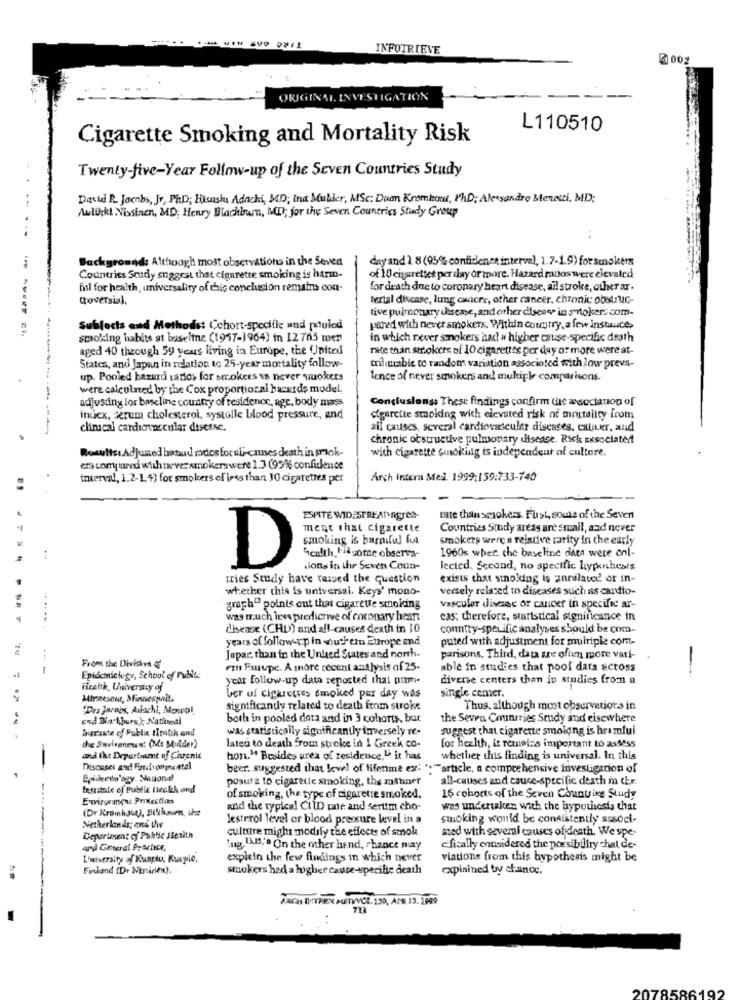
INFOTRIEVE
7100%
ORIGINAL. INVESTIGATION
L110510
Cigarette Smoking and Mortality Risk
Twenty-five-Year Follow-up of the Seven Countries Study
David R. Jaenbs, Jr, PhD; Hisashi Adachi, MD; ina Muller, MSC: Duan Kromhout, PhD; Alessandro Menetti, MD;
Aulickt Vissinen, MD; Henry Blackburn, MID; for the Seven Countries Study Group
...
Background: Although most observations in the Seven
day and 1.8 (95% confidence interval, 1.7-1.9) for smokers
Countries Study suggest that cigarette smoking is harm-
of 1 0 cigarettes per day or more. Hazard ratios were elevated
fal for health, universality of this conclusion remains con-
for death due to coronary heart disease, ail stroke, other ar.
Coversial,
tertal disease, lung cancer, other cancer, chronic obstruc-
tive pulmonary disease, and other disease in smoker.com-
Subjects and Methods: Cchort-specific and pouled
pered with never smokers. Within country, a few instances
smoking habits at baseline (1957-1964) in 12763 mer
in which never smokers and w higher cause-specific death
aged 40 through 59 years living in Europe, the United
nite than smokers of 10 cigarettes per day or more were at-
States, and Japan in relation to 25-year mortality follow-
triliutable to random variation associoted with low preva-
up. Pooled hazard satios for smokers vs never wuokers
lence of never smokers and multiple comparisons.
were calculated by the Cox proportional hasards model,
adjusting lor baseline country of residence, age, body mass
Conclusionss These findings confirm the æsociation of
inicx, cerum cholesterol, systolle blood pressure, and
cigarette smoking with elevated risk of mortality from
clinical cardiovascular disease.
ail causes, several cardiovascular diseases, cater, and
chronic obstructive pulmonary disease. Risk associated
Results: Adjuned hosud rados for al-causes death in smok-
with cigarette smoking is independent of culture.
ers compared with never smokers were 1.3 (95% confidence
interval, 1.2-1. 4) for smokers of less than 10 cigarettes per
Arch intern Medl. 1999:159:733-740
ESPITE WIDESTREATYagree-
rate than smokers. Fu>t soule of the Seven
ment that cigarette
Countries Study areas are small, and never
smoking is barniful fut
smokers were a reladive rarity in che early
Scalth, Piasome observa-
1960s when the baseline daes were onl-
D
ions in the Seven Coun-
lected. Second, no specific hypotheals
tries Study have raised the question
exists that sinoking is anrelated or in-
whether this is universal. Keys' mono-
versely related to diseases such as cardto-
graph" points out that cigarette smoking
vascular disease or cancer in specific ar-
was much less predicrive of coronary heart
cas; therefore, startstical significance in
disexx (CHD) and all-causes death in 10
conntty-specific analyses should be com-
years of follow-up in southern Europe and
puted with adjustment for multiple com-
Japar. than in the United States and north-
parisons. Third, data are often more vari-
From the Division of
ein Fasupe. A more recent analysis of 25-
able in studies that pool dats actoss
Epidemich gu, School of Public
year follow-up data reported that pum.
diverse centers than ip studies from a
Health, University of
single cemer.
Mirnesont, Minnespai !.
ber of cigarettes smoked per day was
"Drs Jarabs, Adlachi, Moneti
significantly related to death from stroke
Thus, although moet observations in
and Din-kurs); National
both in pooled data and in 3 cohorts, but
the Seven Countries Study and elsewhere
Der'aute of Public IIcatch and
was statistically significantly inversely re-
suggest that cigarette smoking is heimful
the Environment (Ms Mulder)
latec to death from stroke in I Greek co-
for health, it remains important to assess
and the Departaunt of Chronic
hon." Besides area of residence." it has
whether this finding is universal. In this
Discases and Fieraivonne Atal
beer. suggested that level of lifetime ex- ""article, a comprehensive investigation of
Brideettology. National
posure to cigarette smoking, the minner
all-causes and cause-specific death in the.
Institute of Public iteckh and
Ewiremen Protection
of smoking, the type of cigarette smoked.
16 cohorts of the Seven Counties Study
(Dr Kromh Jo4), Bilthoven, that
and the typical CitD rate and sertim cho-
was undertaken with the hypothesis that
----
lesterol level or blood pressure level in a
smoking would be consistently associ-
Netherlands; ans thw
culture might modify the effects of smoke
ated with several causes of death. We spe-
Department of Public Health
Ing, 1A1.ª On the other hand, chance may
fically considered the possibility chat de-
University of Kuapto. Kurpio,
explein the few findings in which never
viations from this hypothesis might be
Finland (Dr Ntrinken).
smokers had a higher cauce-specilie death
explained by chance.
ARCH INTERN ATWYCH. 150, APR 12. 1999
2078586